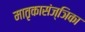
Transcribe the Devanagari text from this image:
मातृकासंज्ञिका